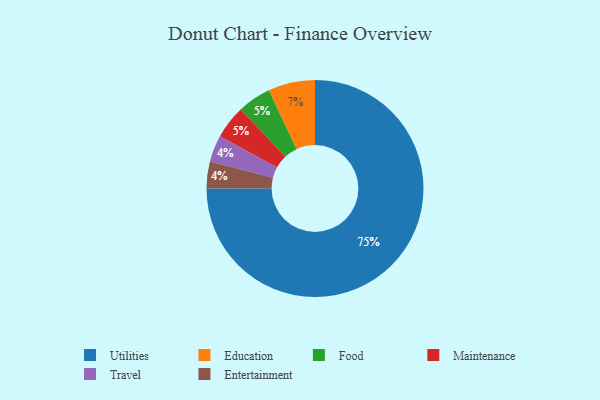
{"axis": {"x": "Category", "y": "Percentage"}, "legend": ["Education", "Entertainment", "Food", "Maintenance", "Travel", "Utilities"], "data": [{"x": "Utilities", "y": 75, "type": "Utilities"}, {"x": "Travel", "y": 4, "type": "Travel"}, {"x": "Education", "y": 7, "type": "Education"}, {"x": "Entertainment", "y": 4, "type": "Entertainment"}, {"x": "Food", "y": 5, "type": "Food"}, {"x": "Maintenance", "y": 5, "type": "Maintenance"}]}